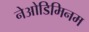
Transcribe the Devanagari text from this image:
नेओडिमिनम